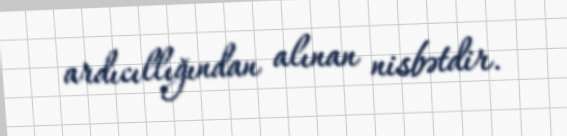
ardıcıllığından alınan nisbətdir.